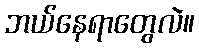
ဘယ်နေရာတွေလဲ။